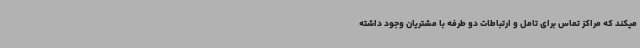
میکند که مراکز تماس برای تامل و ارتباطات دو طرفه با مشتریان وجود داشته